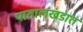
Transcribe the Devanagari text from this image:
पातालखंडात